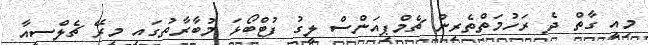
މިއީ ގާތް ދެ ރަހުމަތްތެރިން ޗެމްޕިއަންސް ލީގު ފުޓްބޯޅަ މުބާރާތުގައި މިރޭ ޗެލްސީއާ